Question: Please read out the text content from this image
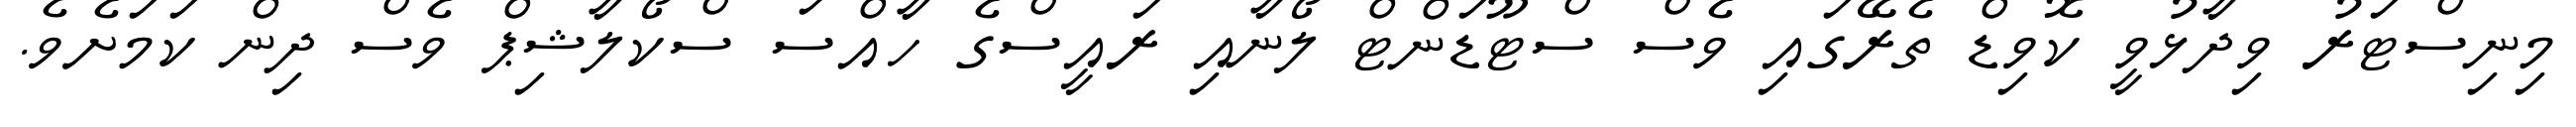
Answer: މިނިސްޓަރު ވިދާޅުވީ ކޮވިޑް ތެރޭގައި ވެސް ސްޓޫޑަންޓް ލޯނާއި ރައީސްގެ ހާއްސަ ސްކޯލާޝިޕް ވެސް ދިން ކަމަށެވެ.